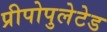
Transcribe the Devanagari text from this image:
प्रीपोपुलेटेड